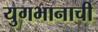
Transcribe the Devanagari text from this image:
युगभानाची